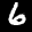
Label: 6